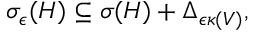
\begin{array} { r } { \sigma _ { \epsilon } ( H ) \subseteq \sigma ( H ) + \Delta _ { \epsilon \kappa ( V ) } , } \end{array}